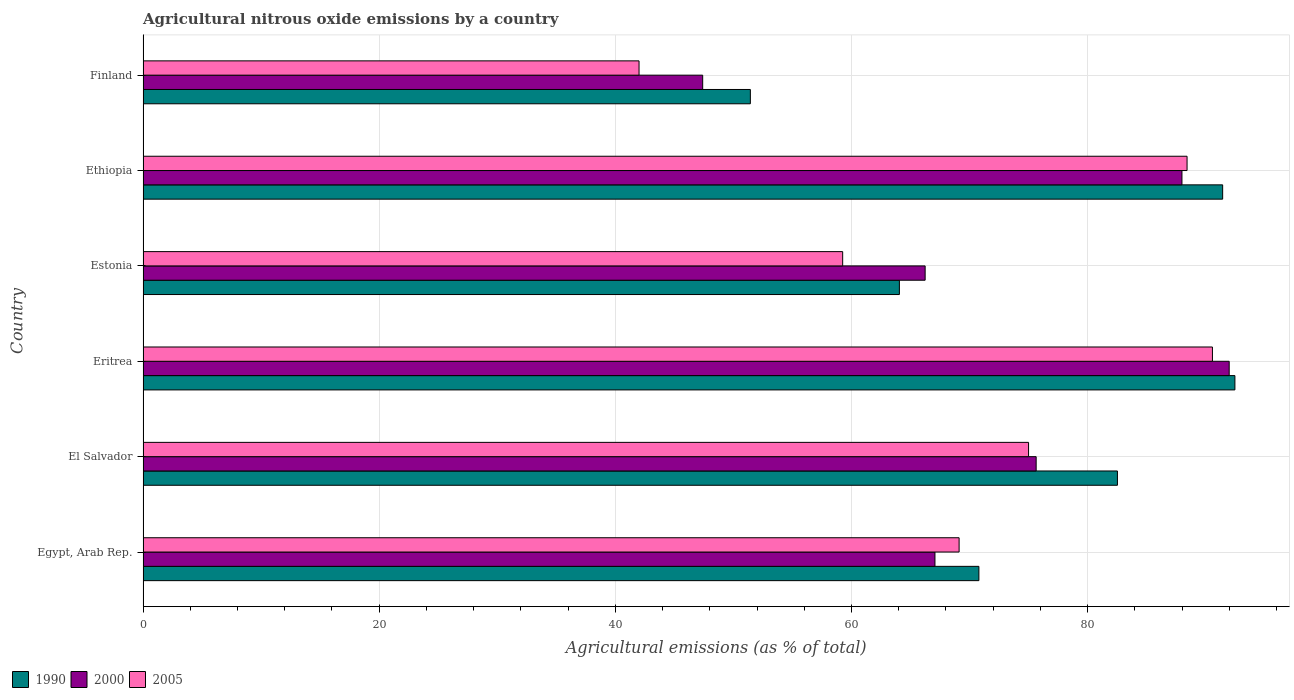
| Country | 1990 | 2000 | 2005 |
 | --- | --- | --- | --- |
 | Egypt, Arab Rep. | 70.8 | 67.1 | 69.1 |
 | El Salvador | 82.5 | 75.6 | 75 |
 | Eritrea | 92.5 | 92 | 90.6 |
 | Estonia | 64.1 | 66.2 | 59.3 |
 | Ethiopia | 91.4 | 88 | 88.4 |
 | Finland | 51.4 | 47.4 | 42 |